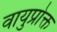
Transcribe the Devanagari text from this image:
वायुप्रोक्त